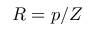
R = p / Z